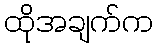
ထိုအချက်က